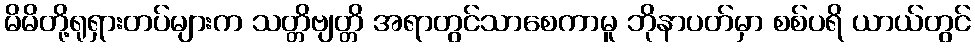
မိမိတို့ရုရှားတပ်များက သတ္တိဗျတ္တိ အရာတွင်သာစေကာမူ ဘိုနာပတ်မှာ စစ်ပရိ ယာယ်တွင်